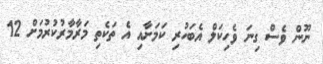
ނޫން ވެސް ގިނަ ވެހިކަލް އެބަހުރި ކަމަށާއި އެ ތަކެތި މަރާމާރުކުރުމަށް 12